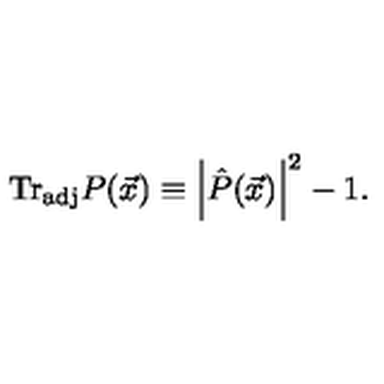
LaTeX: \mathrm { T r } _ { \mathrm { a d j } } P ( { \vec { x } } ) \equiv \left| { \hat { P } } ( { \vec { x } } ) \right| ^ { 2 } - 1 .